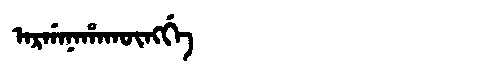
Manchu: ᠠᡵᡤᠠᠨᠠᡥᠠᡴᡡᠩᡤᡝ
Romanization: ARGANAHAKŪNGGE